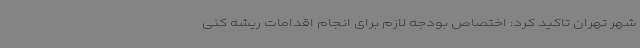
شهر تهران تاکید کرد: اختصاص بودجه لازم برای انجام اقدامات ریشه کنی